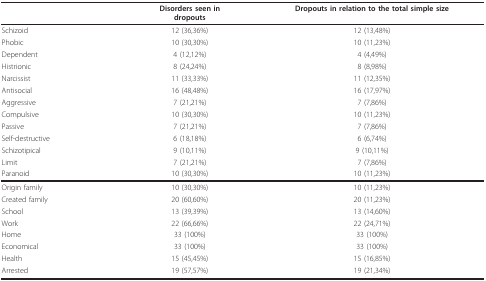
<table><thead><tr><td></td><td><b>Disorders seen indropouts</b></td><td><b>Dropouts in relation to the total simple size</b></td></tr></thead><tbody><tr><td>Schizoid</td><td>12 (36,36%)</td><td>12 (13,48%)</td></tr><tr><td>Phobic</td><td>10 (30,30%)</td><td>10 (11,23%)</td></tr><tr><td>Dependent</td><td>4 (12,12%)</td><td>4 (4,49%)</td></tr><tr><td>Histrionic</td><td>8 (24,24%)</td><td>8 (8,98%)</td></tr><tr><td>Narcissist</td><td>11 (33,33%)</td><td>11 (12,35%)</td></tr><tr><td>Antisocial</td><td>16 (48,48%)</td><td>16 (17,97%)</td></tr><tr><td>Aggressive</td><td>7 (21,21%)</td><td>7 (7,86%)</td></tr><tr><td>Compulsive</td><td>10 (30,30%)</td><td>10 (11,23%)</td></tr><tr><td>Passive</td><td>7 (21,21%)</td><td>7 (7,86%)</td></tr><tr><td>Self-destructive</td><td>6 (18,18%)</td><td>6 (6,74%)</td></tr><tr><td>Schizotipical</td><td>9 (10,11%)</td><td>9 (10,11%)</td></tr><tr><td>Limit</td><td>7 (21,21%)</td><td>7 (7,86%)</td></tr><tr><td>Paranoid</td><td>10 (30,30%)</td><td>10 (11,23%)</td></tr><tr><td>Origin family</td><td>10 (30,30%)</td><td>10 (11,23%)</td></tr><tr><td>Created family</td><td>20 (60,60%)</td><td>20 (11,23%)</td></tr><tr><td>School</td><td>13 (39,39%)</td><td>13 (14,60%)</td></tr><tr><td>Work</td><td>22 (66,66%)</td><td>22 (24,71%)</td></tr><tr><td>Home</td><td>33 (100%)</td><td>33 (100%)</td></tr><tr><td>Economical</td><td>33 (100%)</td><td>33 (100%)</td></tr><tr><td>Health</td><td>15 (45,45%)</td><td>15 (16,85%)</td></tr><tr><td>Arrested</td><td>19 (57,57%)</td><td>19 (21,34%)</td></tr></tbody></table>